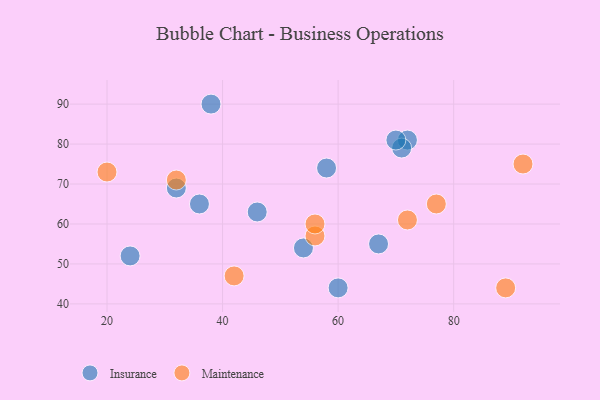
{"axis": {"x": "GDP", "y": "Life Expectancy"}, "legend": ["Insurance", "Maintenance"], "data": [{"x": "58", "y": 74, "type": "Insurance"}, {"x": "24", "y": 52, "type": "Insurance"}, {"x": "36", "y": 65, "type": "Insurance"}, {"x": "72", "y": 81, "type": "Insurance"}, {"x": "71", "y": 79, "type": "Insurance"}, {"x": "32", "y": 69, "type": "Insurance"}, {"x": "67", "y": 55, "type": "Insurance"}, {"x": "60", "y": 44, "type": "Insurance"}, {"x": "54", "y": 54, "type": "Insurance"}, {"x": "38", "y": 90, "type": "Insurance"}, {"x": "46", "y": 63, "type": "Insurance"}, {"x": "70", "y": 81, "type": "Insurance"}, {"x": "20", "y": 73, "type": "Maintenance"}, {"x": "77", "y": 65, "type": "Maintenance"}, {"x": "42", "y": 47, "type": "Maintenance"}, {"x": "92", "y": 75, "type": "Maintenance"}, {"x": "32", "y": 71, "type": "Maintenance"}, {"x": "72", "y": 61, "type": "Maintenance"}, {"x": "89", "y": 44, "type": "Maintenance"}, {"x": "56", "y": 57, "type": "Maintenance"}, {"x": "56", "y": 60, "type": "Maintenance"}]}